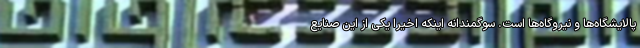
پالایشگاه‌ها و نیروگاه‌ها است. سوگمندانه اینکه اخیرا یکی از این صنایع